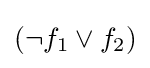
(\lnot f_{1}\lor f_{2})